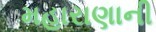
મહારાણાની